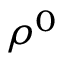
\rho ^ { 0 }